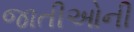
જાતીઓની